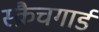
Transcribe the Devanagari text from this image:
स्क्रैचगार्ड